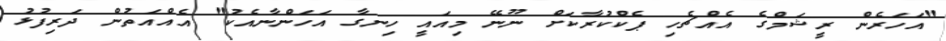
"އަހަރެން ރީޝަމްގެ އެއްޗެހި ޕެކްކުރާކަށް ނޫނޭ މިއައީ ހިނގާ އަހަންނާއެކު" އެއްއަތުން ދަރިފުޅު